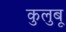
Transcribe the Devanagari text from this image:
कुलुबू